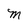
Character: M